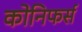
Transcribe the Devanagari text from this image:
कोनिफर्स